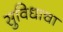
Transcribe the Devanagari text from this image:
सुविधाचा